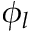
\phi _ { l }